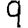
Digit: 9